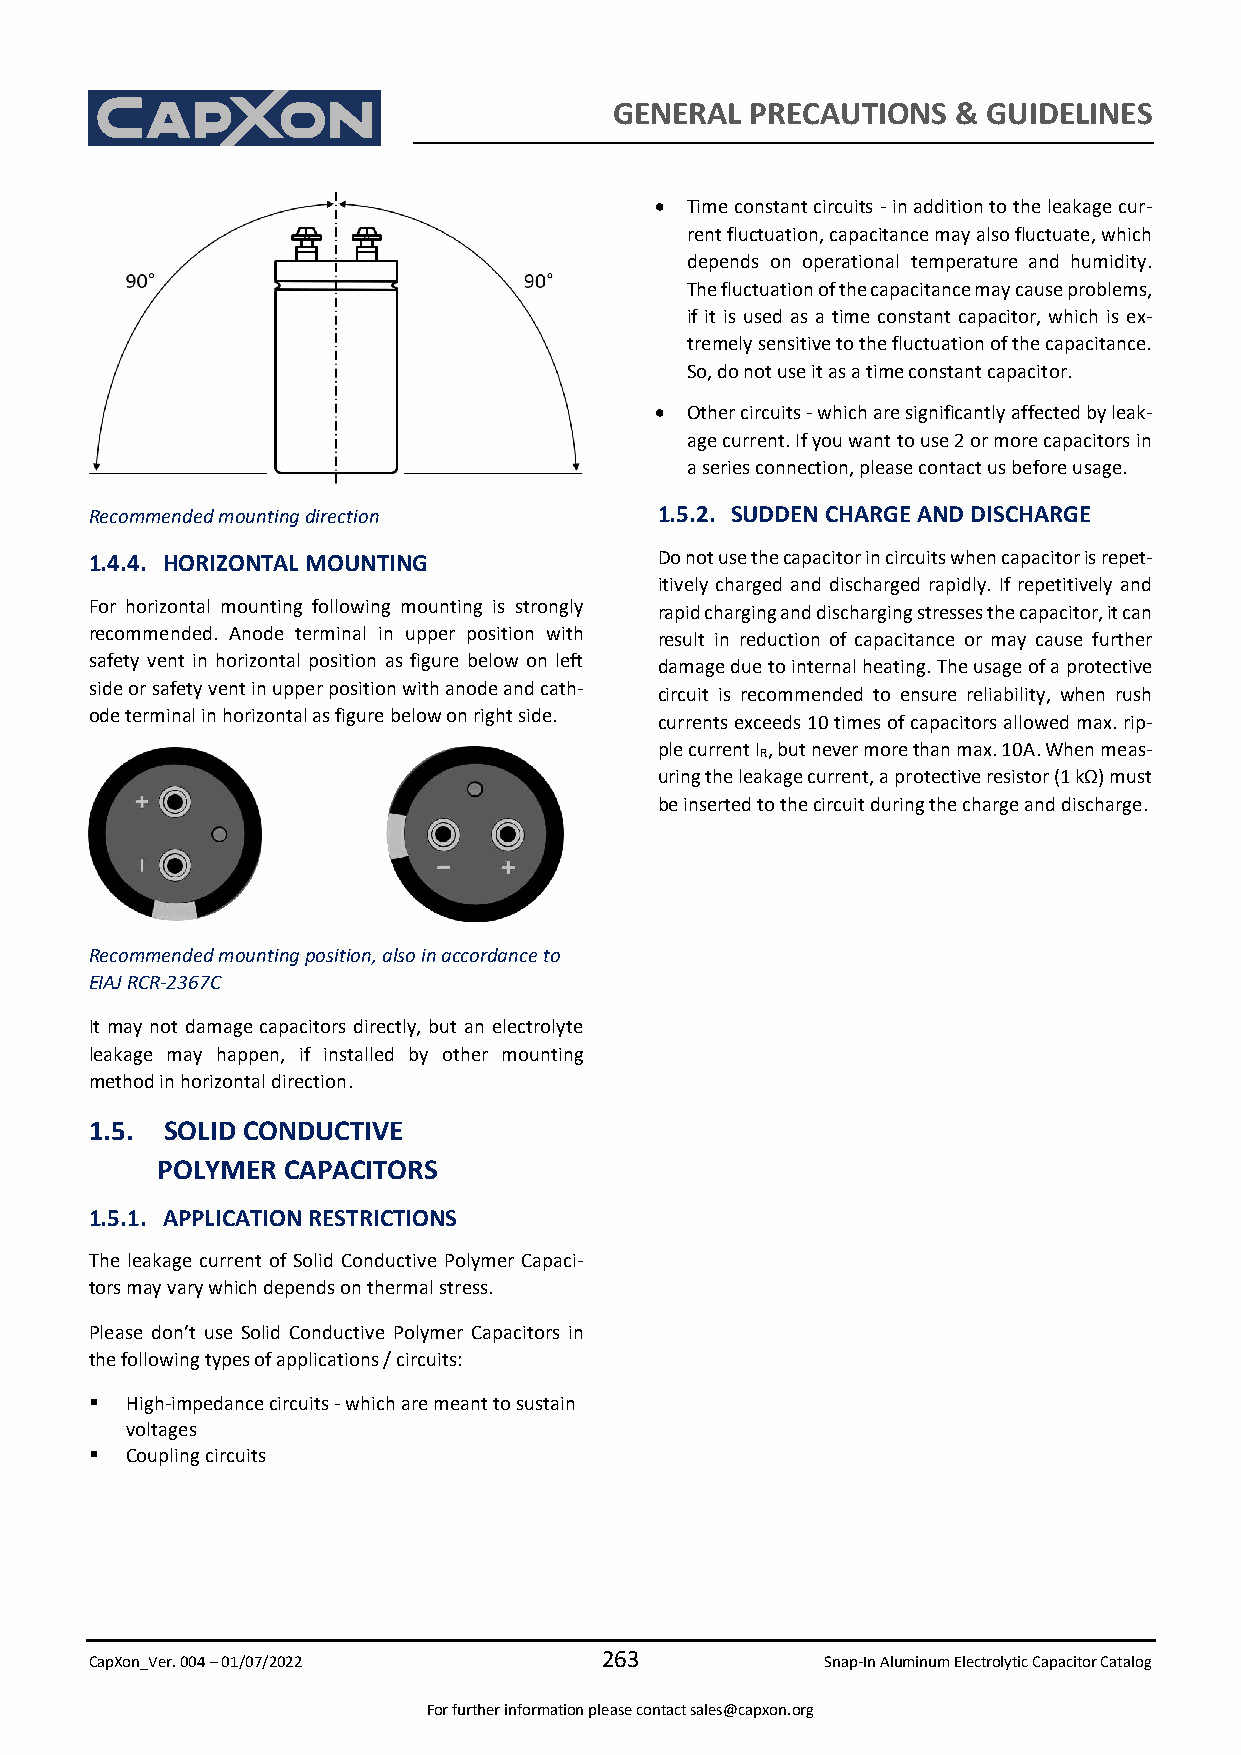
GENERAL  PRECAUTIONS  & GUIDELINES
 • Time constant circuits - in addition to the leakage cur-
 rent fluctuation, capacitance may also fluctuate, which
 depends on operational temperature and humidity.
 The fluctuation of the capacitance may cause problems,
 if it is used as a time constant capacitor, which is ex-
 tremely sensitive to the fluctuation of the capacitance.
 So, do not use it as a time constant capacitor.
 • Other circuits - which are significantly affected by leak-
 age current. If you want to use 2 or more capacitors in
 a series connection, please contact us before usage.
 Recommended mounting direction        1.5.2. SUDDEN CHARGE AND DISCHARGE
 1.4.4. HORIZONTAL MOUNTING            Do not use the capacitor in circuits when capacitor is repet-
 itively charged and discharged rapidly. If repetitively and
 For horizontal mounting following mounting is strongly rapid charging and discharging stresses the capacitor, it can
 recommended. Anode terminal in upper position with result in reduction of capacitance or may cause further
 safety vent in horizontal position as figure below on left damage due to internal heating. The usage of a protective
 side or safety vent in upper position with anode and cath- circuit is recommended to ensure reliability, when rush
 ode terminal in horizontal as figure below on right side.
 currents exceeds 10 times of capacitors allowed max. rip-
 ple current I , but never more than max. 10A. When meas-
 R
 uring the leakage current, a protective resistor (1 kΩ) must
 be inserted to the circuit during the charge and discharge.
 Recommended mounting position, also in accordance to
 EIAJ RCR-2367C
 It may not damage capacitors directly, but an electrolyte
 leakage may happen, if installed by other mounting
 method in horizontal direction.
 1.5. SOLID CONDUCTIVE
 POLYMER  CAPACITORS
 1.5.1. APPLICATION RESTRICTIONS
 The leakage current of Solid Conductive Polymer Capaci-
 tors may vary which depends on thermal stress.
 Please don’t use Solid Conductive Polymer Capacitors in
 the following types of applications / circuits:
 ▪ High-impedance circuits - which are meant to sustain
 voltages
 ▪ Coupling circuits
 263
 CapXon_Ver. 004 – 01/07/2022                     Snap-In Aluminum Electrolytic Capacitor Catalog
 For further information please contact sales@capxon.org